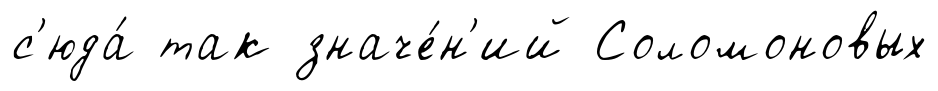
с'юда́ так значе́н'ий Соломоновых